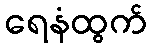
ရေနံထွက်